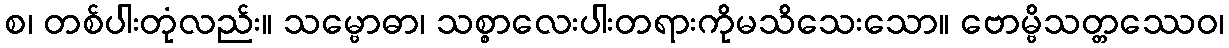
စ၊ တစ်ပါးတုံလည်း။ သမ္ဗောဓာ၊ သစ္စာလေးပါးတရားကိုမသိသေးသော။ ဗောမ္ဗိသတ္တဿေဝ၊